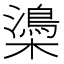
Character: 𣝨